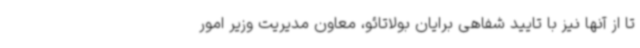
تا از آنها نیز با تایید شفاهی برایان بولاتائو، معاون مدیریت وزیر امور